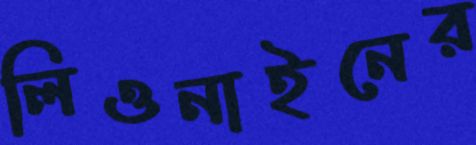
লিওনাইনের